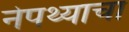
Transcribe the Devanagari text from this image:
नेपथ्याचा